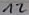
Text: 12